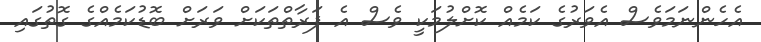
އެހެންނަމަވެސް އެވަރުގެ ކަމެއް ކޮށްލުމަކީ ވެސް އެ ފަރާތްތަކަށް ވަރަށް ބޮޑުކަމެއްގެ ގޮތުގައި